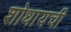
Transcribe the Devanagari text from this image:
शोधायची